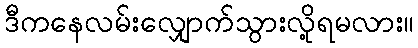
ဒီကနေလမ်းလျှောက်သွားလို့ရမလား။